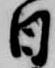
日